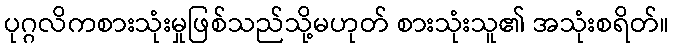
ပုဂ္ဂလိကစားသုံးမှုဖြစ်သည်သို့မဟုတ် စားသုံးသူ၏ အသုံးစရိတ်။